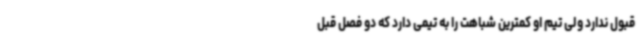
قبول ندارد ولی تیم او کمترین شباهت را به تیمی دارد که دو فصل قبل